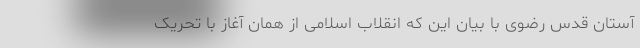
آستان قدس رضوی با بیان این که انقلاب اسلامی از همان آغاز با تحریک